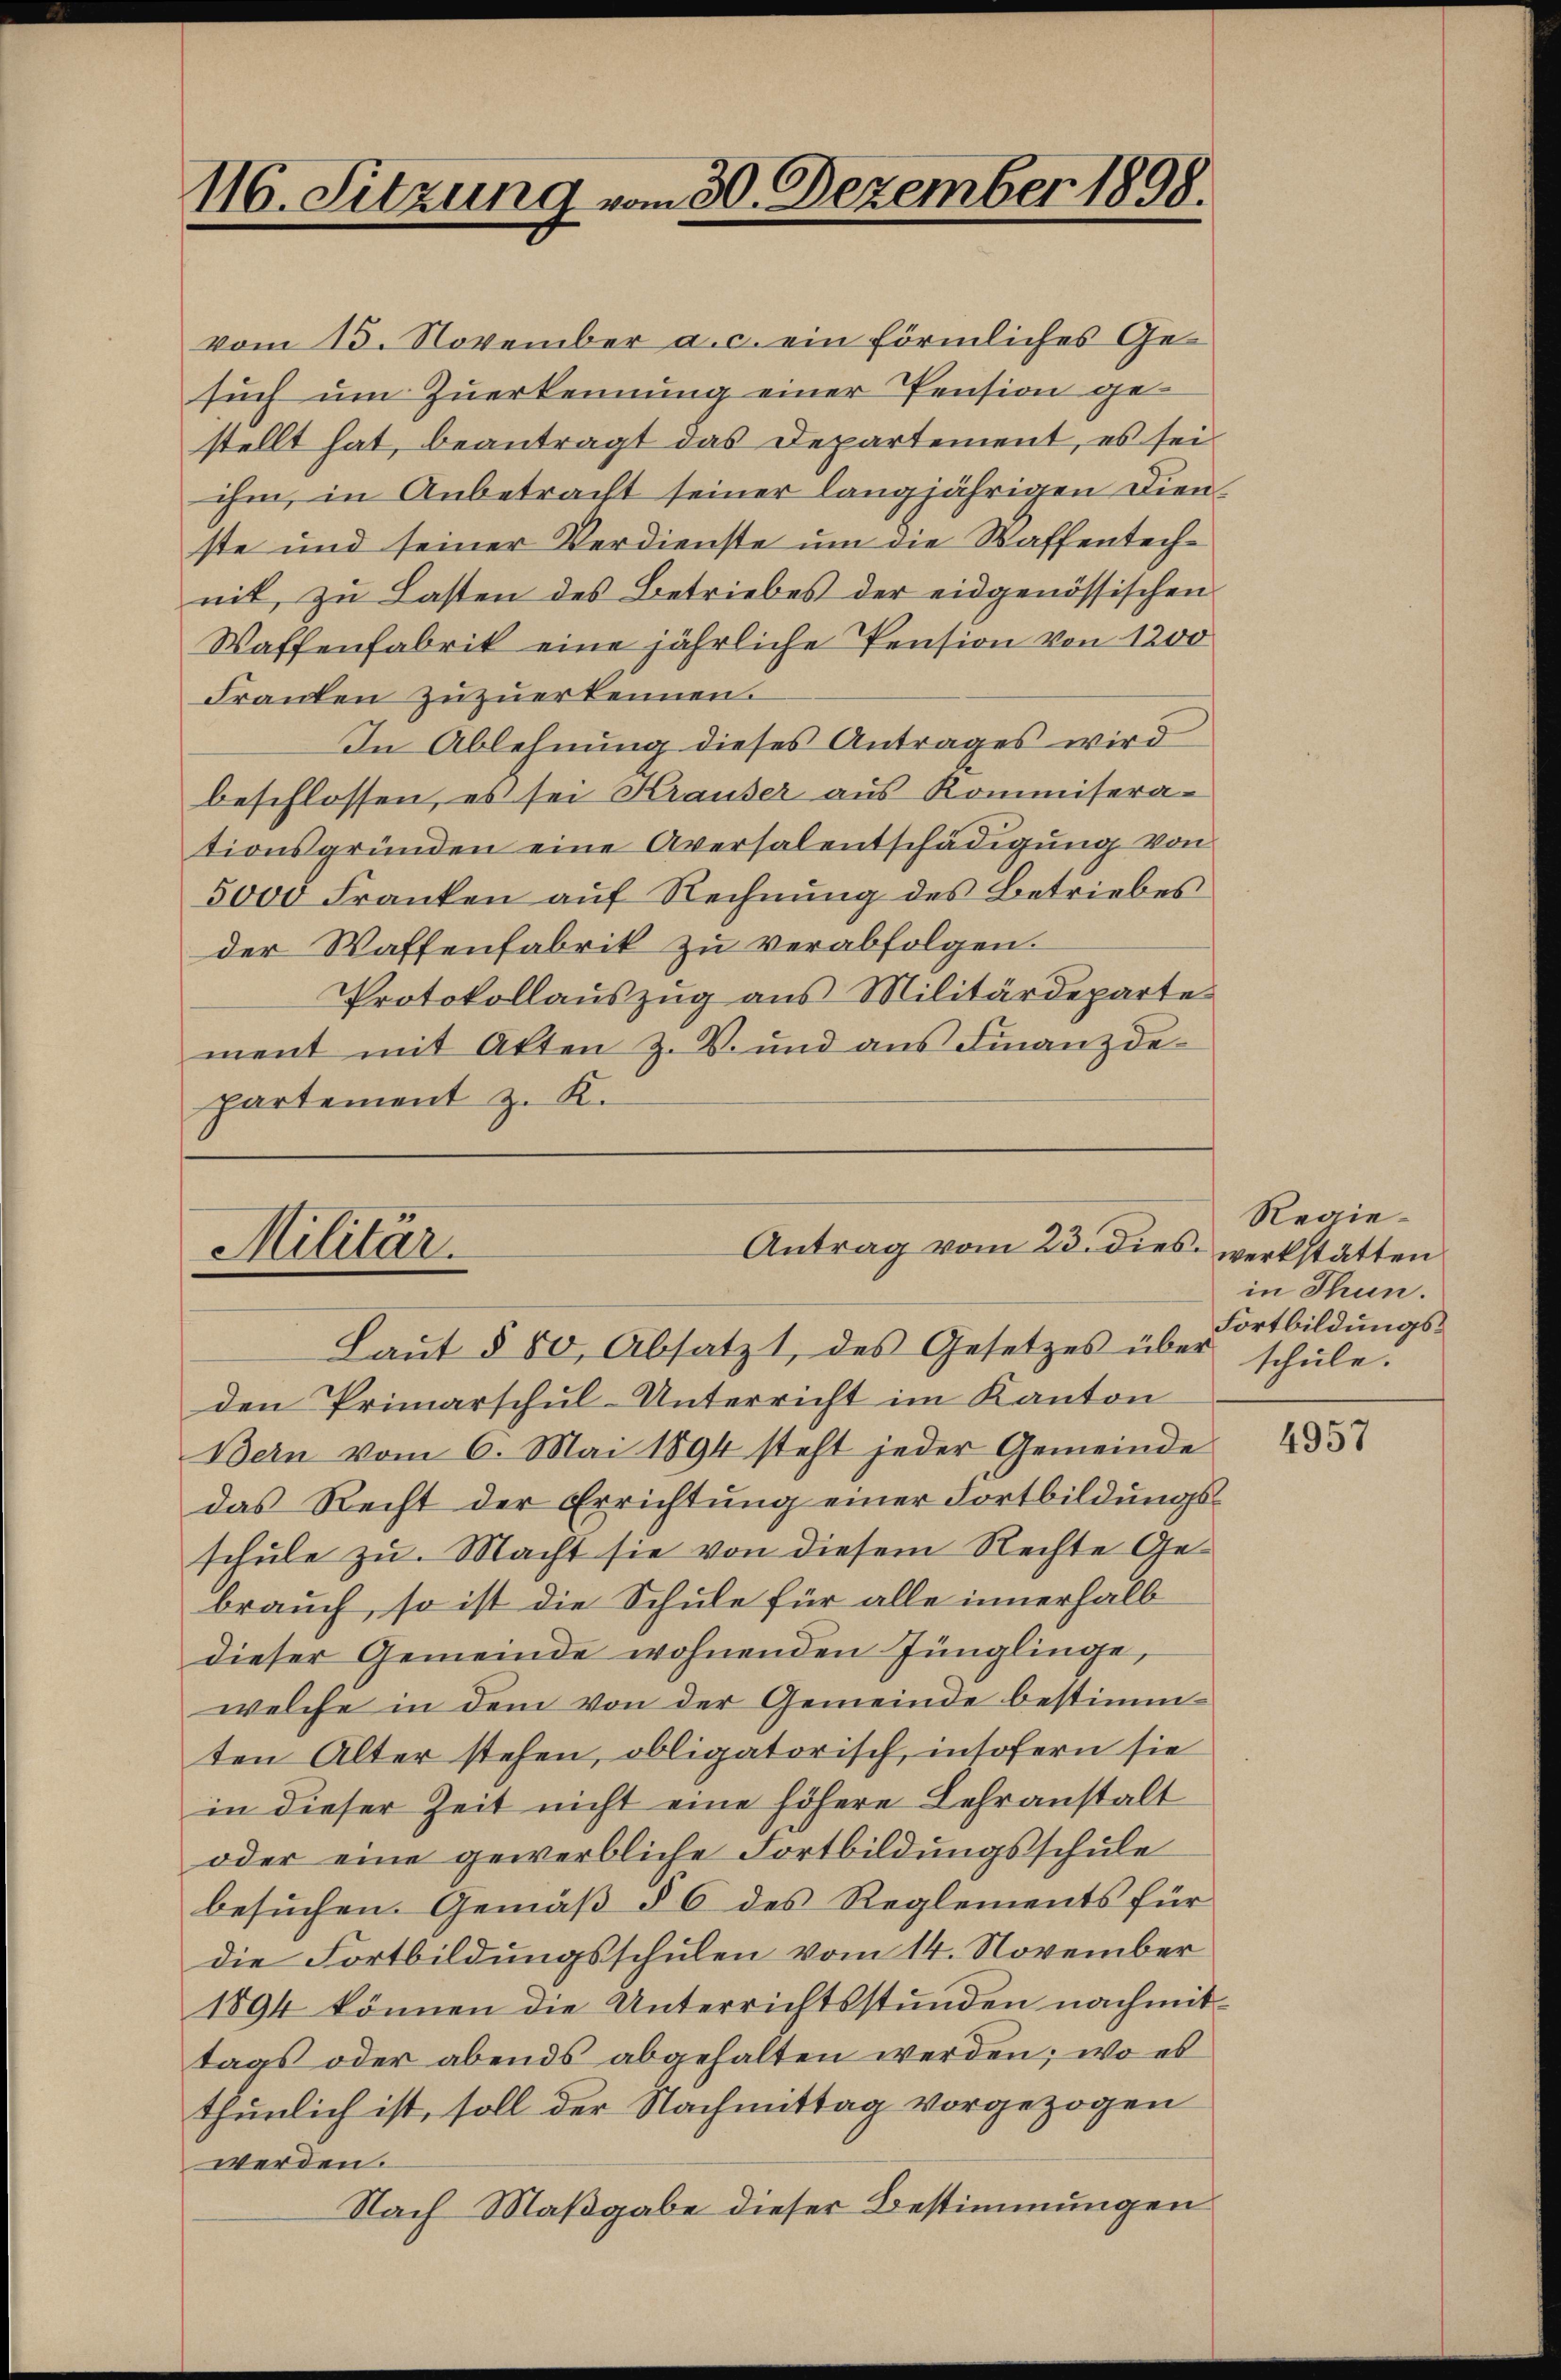
116. Sitzung vom 30. Dezember 1898.

vom 13. November a. c. ein förmliches Gesuch um Zuerkennung einer Pension gestellt hat, beantragt das Departement, es sei
ihm, in Anbetracht seiner langjährigen Dienste und seiner Verdienste um die Waffentechnit, zu Lasten des Betriebes der eidgenössischen
Waffenfabrik eine jährliche Pension von 1200
Franken zuzuerkennen.
In Ablehnung dieses Antrages wird
beschlossen, es sei Krauser aus Kommiserationsgründen eine Aversalentschädigung von
5000 Franken auf Rechnŭng des Betriebes
der Waffenfabrik zu verabfolgen.
Protokollaŭszŭg ans Militärdeparte
ment mit Akten Z. V. und aus Finanzdepartement z. K.

Militär.

den Primarschul-Unterricht im Kanton
Bein vom 6. Mai 1894 steht jeder Gemeinde
das Recht der Errichtŭng einer Fortbildŭngs-
schule zu. Macht sie von diesem Rechte Gebrauch, so ist die Schule für alle innerhalb
dieser Gemeinde wohnenden Jünglinge,
welche in dem von der Gemeinde bestimmten Alter stehen, obligatorisch, insofern sie
in dieser Zeit nicht eine höhere Lehranstalt
oder eine gewerbliche Fortbildungsschule
besuchen. Gemäß § 6 des Reglements für
die Fortbildungsschulen vom 14. November
1894 können die Unterrichtsstunden nachmittags oder abends abgehalten werden; wo es
thunlich ist, soll der Nachmittag vorgezogen
werden.
Nach Maßgabe dieser Bestimmungen

Antrag vom 23. dies werkstätten
Laŭt § 80, Absatzt, des Gesetzes über schŭle.

Regiein Thun.
Fortbildungs¬

4957